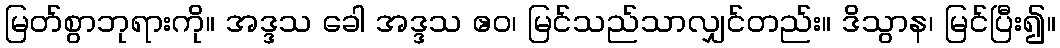
မြတ်စွာဘုရားကို။ အဒ္ဒသ ခေါ အဒ္ဒသ ဧဝ၊ မြင်သည်သာလျှင်တည်း။ ဒိသွာန၊ မြင်ပြီး၍။